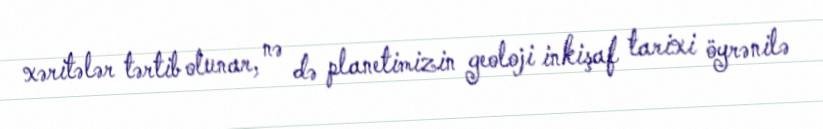
xəritələr tərtib olunar, nə də planetimizin geoloji inkişaf tarixi öyrənilə